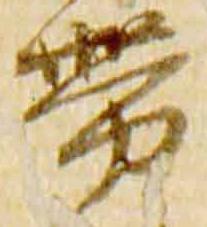
帯